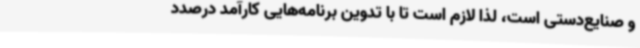
و صنایع‌دستی است، لذا لازم است تا با تدوین برنامه‌هایی کارآمد درصدد